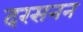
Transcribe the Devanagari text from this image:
दरसनन